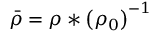
\bar { \rho } = { \rho } * \left( { \rho _ { 0 } } \right) ^ { - 1 }